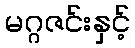
မဂ္ဂဇင်းနှင့်